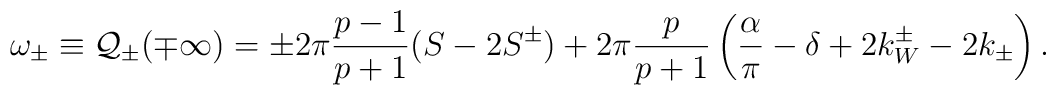
\omega _{\pm }\equiv {\cal Q}_{\pm }(\mp \infty )=\pm 2\pi \displaystyle\frac{p-1}{p+1}(S-2S^{\pm })+2\pi \displaystyle\frac{p}{p+1}\left( \displaystyle\frac{\alpha }{\pi }-\delta +2k_{W}^{\pm }-2k_{\pm }\right) .